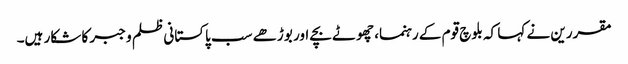
مقررین نے کہا کہ بلوچ قوم کے رہنما، چھوٹے بچے اور بوڑھے سب پاکستانی ظلم و جبر کا شکار ہیں۔